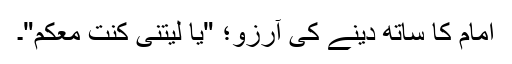
امام کا ساتھ دینے کی آرزو؛ "يَا لَیتَنِی كُنتُ مَعَكُم"۔